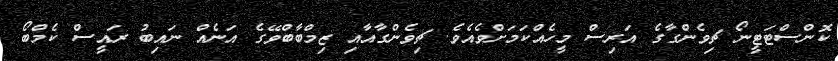
ކޮންސްޓަޓީނޯ ޗިވެންގާގެ އަރިސް މީހެއްކަމަށްވެއެވެ. ޗިވެންގާއާއި ޒިމްބާބްވޭގެ އަނެއް ނައިބު ރައީސް ކެމްބޯ